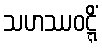
သဟဿဝဋ္ဋိံ